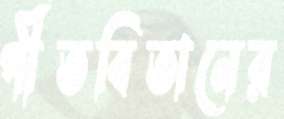
গীতবিতানের